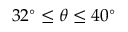
3 2 ^ { \circ } \leq \theta \leq 4 0 ^ { \circ }